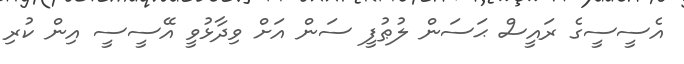
އެސީސީގެ ރައީސް ޙަސަން ލުޠުފީ ސަން އަށް ވިދާޅުވީ އޭސީސީ އިން ކުރި